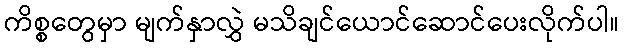
ကိစ္စတွေမှာ မျက်နှာလွှဲ မသိချင်ယောင်ဆောင်ပေးလိုက်ပါ။